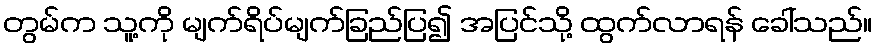
တွမ်က သူ့ကို မျက်ရိပ်မျက်ခြည်ပြ၍ အပြင်သို့ ထွက်လာရန် ခေါ်သည်။